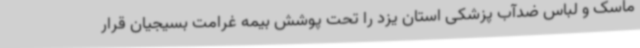
ماسک و لباس ضدآب پزشکی استان یزد را تحت پوشش بیمه غرامت بسیجیان قرار